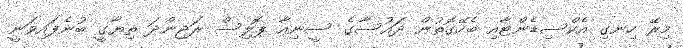
މިރޭ ހިނގި އެކްސިޑެންޓާއި ބެހޭގޮތުން ދައުސާގެ ސީނިއާ ޕޮލިސް ރަޖިންދަ ތިޔާގީ ބުނެފައިވަނީ